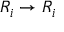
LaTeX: R _ { i } \to R _ { i }